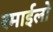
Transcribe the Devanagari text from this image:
रमाईलो